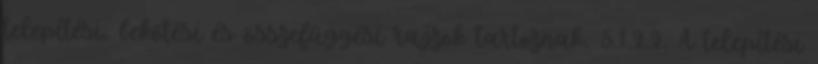
telepítési, bekötési és összefüggési rajzok tartoznak. 5.1.2.2. A telepítési